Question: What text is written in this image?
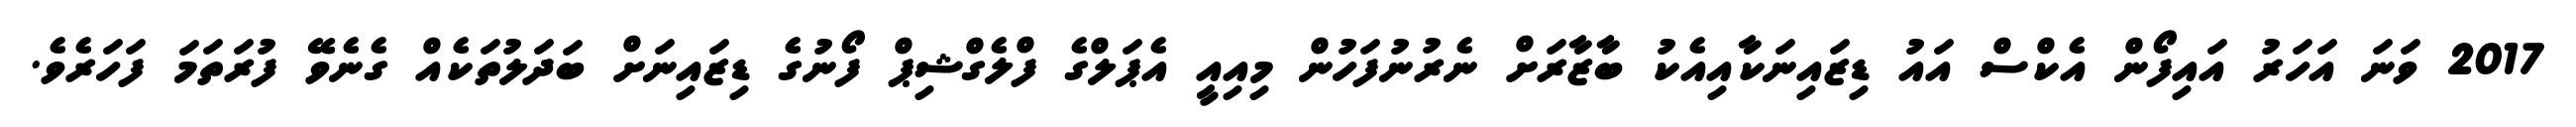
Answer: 2017 ވަނަ އަހަރު އައިފޯން އެކްސް އައު ޑިޒައިނަކާއިއެކު ބާޒާރަށް ނެރުނުފަހުން މިއިއީ އެޕަލްގެ ފްލެގްޝިޕް ފޯނުގެ ޑިޒައިނަށް ބަދަލުތަކެއް ގެނެވޭ ފުރަތަމަ ފަހަރެވެ.